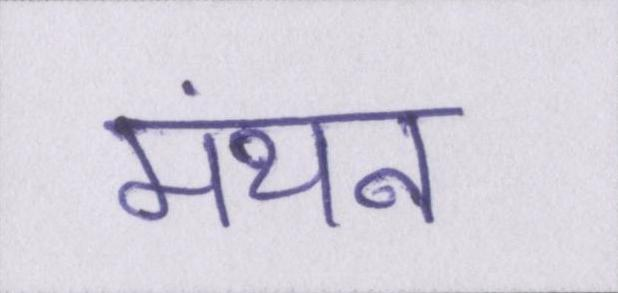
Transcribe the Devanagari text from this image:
मंथन